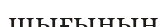
шығының